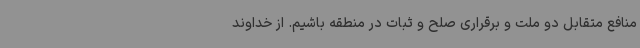
منافع متقابل دو ملت و برقراری صلح و ثبات در منطقه باشیم. از خداوند